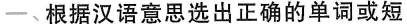
一、根据汉语意思选出正确的单词或短